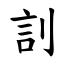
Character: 䚯